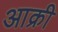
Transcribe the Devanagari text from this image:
आक्री